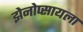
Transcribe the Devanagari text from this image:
झेनोप्सायला